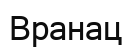
Вранац